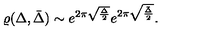
\varrho ( \Delta , \bar { \Delta } ) \sim e ^ { 2 \pi \sqrt { \frac { \Delta } { 2 } } } e ^ { 2 \pi \sqrt { \frac { \bar { \Delta } } { 2 } } } .